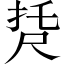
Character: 𡱩